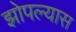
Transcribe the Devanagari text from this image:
झोपल्यास